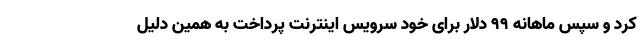
کرد و سپس ماهانه ۹۹ دلار برای خود سرویس اینترنت پرداخت به همین دلیل